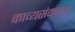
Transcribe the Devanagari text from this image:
काव्यसंकलन